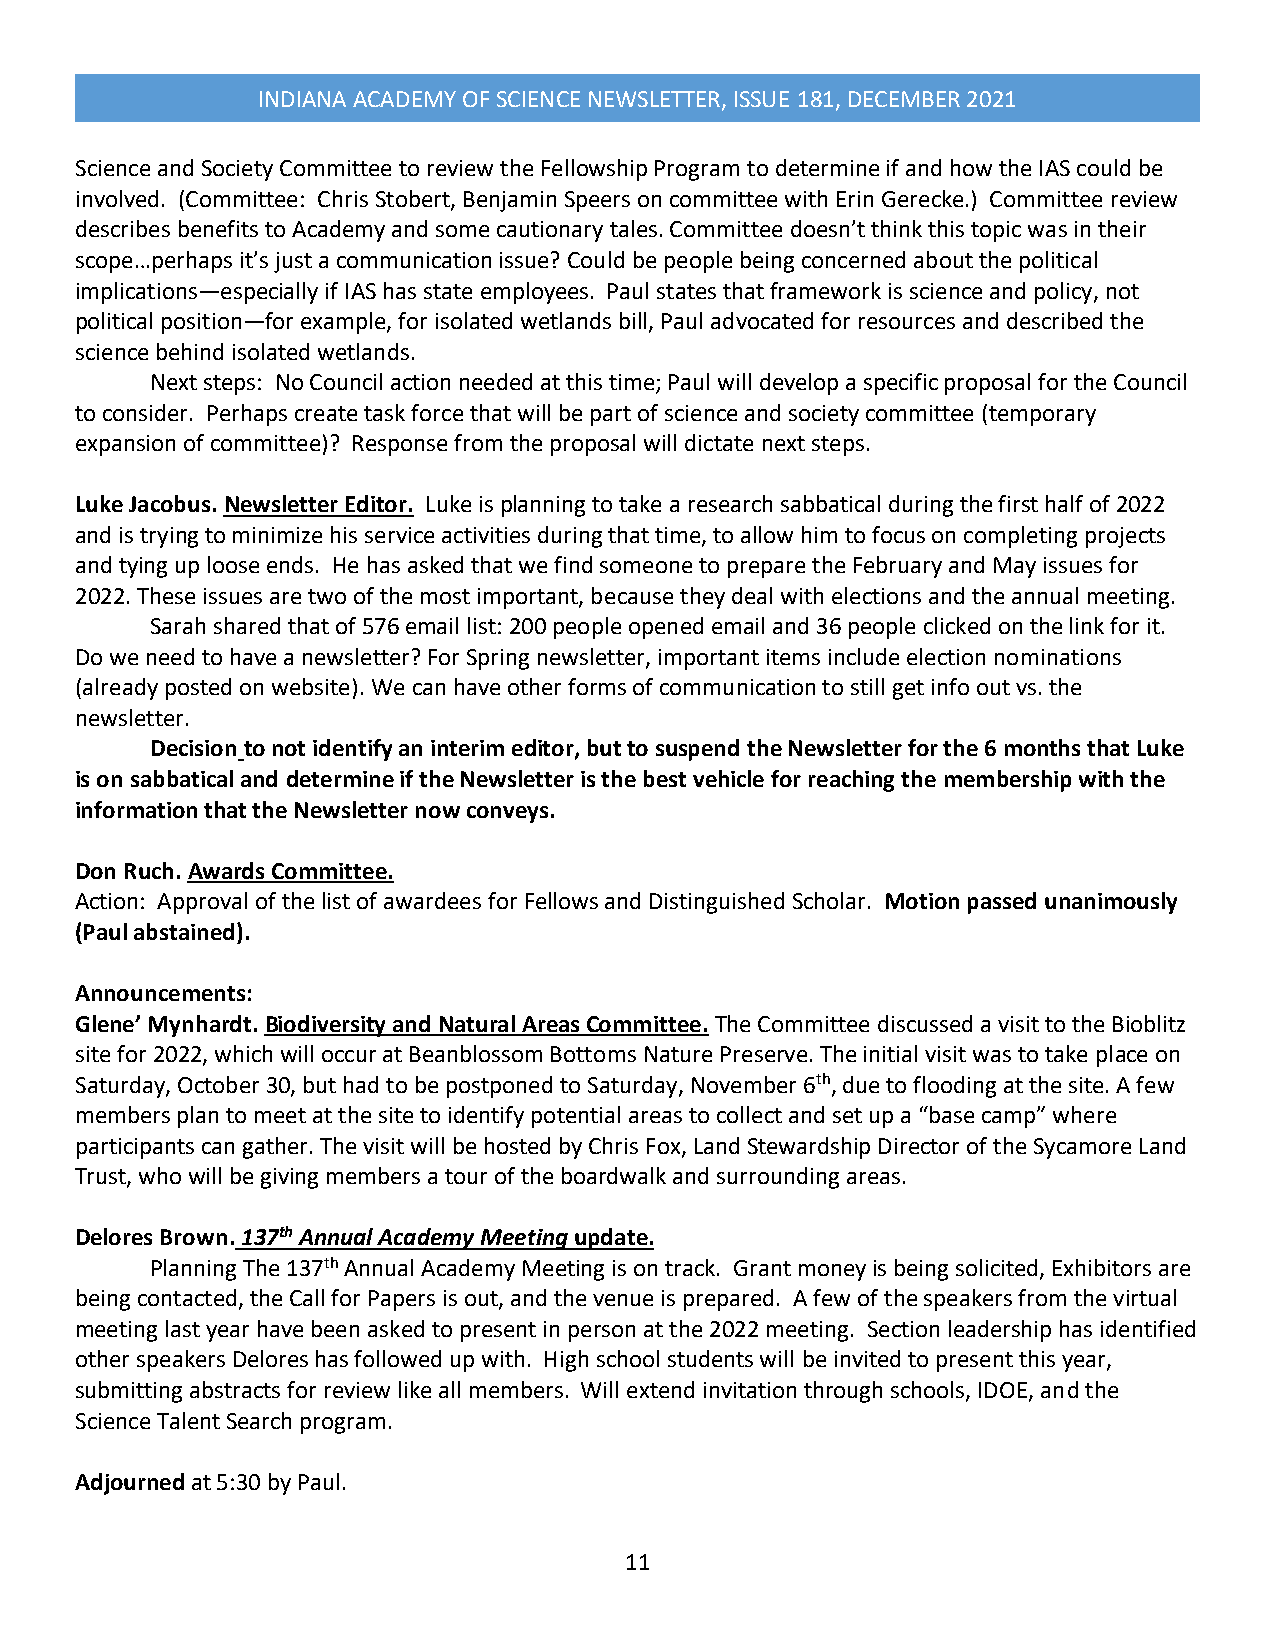
INDIANA ACADEMY OF SCIENCE NEWSLETTER, ISSUE 181, DECEMBER 2021
 Science and Society Committee to review the Fellowship Program to determine if and how the IAS could be
 involved. (Committee: Chris Stobert, Benjamin Speers on committee with Erin Gerecke.) Committee review
 describes benefits to Academy and some cautionary tales. Committee doesn’t think this topic was in their
 scope…perhaps it’s just a communication issue? Could be people being concerned about the political
 implications—especially if IAS has state employees. Paul states that framework is science and policy, not
 political position—for example, for isolated wetlands bill, Paul advocated for resources and described the
 science behind isolated wetlands.
 Next steps: No Council action needed at this time; Paul will develop a specific proposal for the Council
 to consider. Perhaps create task force that will be part of science and society committee (temporary
 expansion of committee)? Response from the proposal will dictate next steps.
 Luke Jacobus. Newsletter Editor. Luke is planning to take a research sabbatical during the first half of 2022
 and is trying to minimize his service activities during that time, to allow him to focus on completing projects
 and tying up loose ends. He has asked that we find someone to prepare the February and May issues for
 2022. These issues are two of the most important, because they deal with elections and the annual meeting.
 Sarah shared that of 576 email list: 200 people opened email and 36 people clicked on the link for it.
 Do we need to have a newsletter? For Spring newsletter, important items include election nominations
 (already posted on website). We can have other forms of communication to still get info out vs. the
 newsletter.
 Decision to not identify an interim editor, but to suspend the Newsletter for the 6 months that Luke
 is on sabbatical and determine if the Newsletter is the best vehicle for reaching the membership with the
 information that the Newsletter now conveys.
 Don Ruch. Awards Committee.
 Action: Approval of the list of awardees for Fellows and Distinguished Scholar. Motion passed unanimously
 (Paul abstained).
 Announcements:
 Glene’ Mynhardt. Biodiversity and Natural Areas Committee. The Committee discussed a visit to the Bioblitz
 site for 2022, which will occur at Beanblossom Bottoms Nature Preserve. The initial visit was to take place on
 Saturday, October 30, but had to be postponed to Saturday, November 6th, due to flooding at the site. A few
 members plan to meet at the site to identify potential areas to collect and set up a “base camp” where
 participants can gather. The visit will be hosted by Chris Fox, Land Stewardship Director of the Sycamore Land
 Trust, who will be giving members a tour of the boardwalk and surrounding areas.
 Delores Brown. 137th Annual Academy Meeting update.
 Planning The 137th Annual Academy Meeting is on track. Grant money is being solicited, Exhibitors are
 being contacted, the Call for Papers is out, and the venue is prepared. A few of the speakers from the virtual
 meeting last year have been asked to present in person at the 2022 meeting. Section leadership has identified
 other speakers Delores has followed up with. High school students will be invited to present this year,
 submitting abstracts for review like all members. Will extend invitation through schools, IDOE, and the
 Science Talent Search program.
 Adjourned at 5:30 by Paul.
 1 1